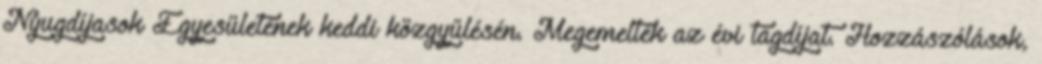
Nyugdíjasok Egyesületének keddi közgyűlésén. Megemelték az évi tagdíjat. Hozzászólások,